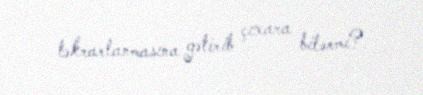
təkrarlanmasına gətirib çıxara bilərmi?.